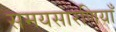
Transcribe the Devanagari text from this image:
समयसारणियाँ